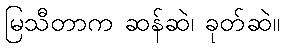
မြသီတာက ဆန်ဆဲ၊ ခုတ်ဆဲ။